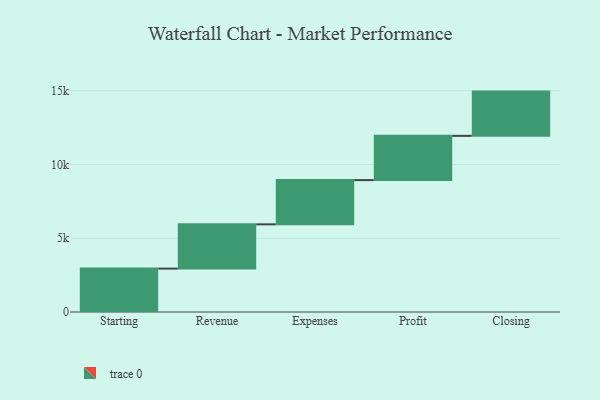
{"axis": {"x": "Step", "y": "Value"}, "legend": [""], "data": [{"x": "Starting", "y": 2943.0, "type": ""}, {"x": "Revenue", "y": 3000, "type": ""}, {"x": "Expenses", "y": 3000, "type": ""}, {"x": "Profit", "y": 3000, "type": ""}, {"x": "Closing", "y": 3000, "type": ""}]}